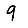
Digit: 9